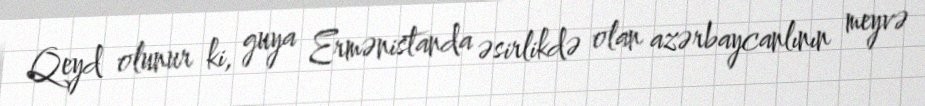
Qeyd olunur ki, guya Ermənistanda əsirlikdə olan azərbaycanlının meyvə